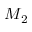
M _ { 2 }